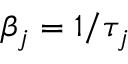
\beta _ { j } = 1 / \tau _ { j }